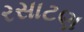
રસાટણ